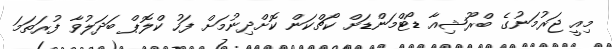
މިއީ ޖަރުމަނުގެ ބްރޫޝިއާ ޑޯޓްމަންޑަށް ކޯޗްކަން ކޮށްދިނުމަށް ފަހު ކްލޮޕް ބަދަލުވާ ފުރަތަމަ